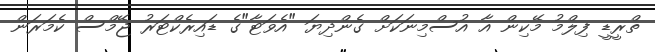
ތްރީޑީ ފިލްމު މޭކިން އާ އުސްމިނަކަށް ގެންދިޔަ "އެވަޓާ"ގެ ޑައިރެކްޓަރު ޖޭމްސް ކެމަރަން